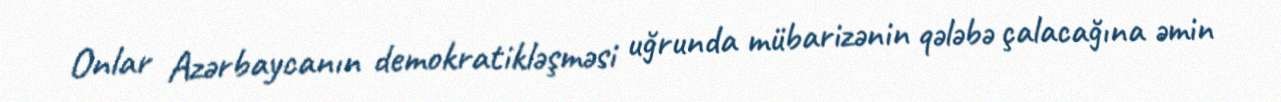
Onlar Azərbaycanın demokratikləşməsi uğrunda mübarizənin qələbə çalacağına əmin